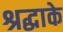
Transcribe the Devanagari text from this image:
श्रद्धाके